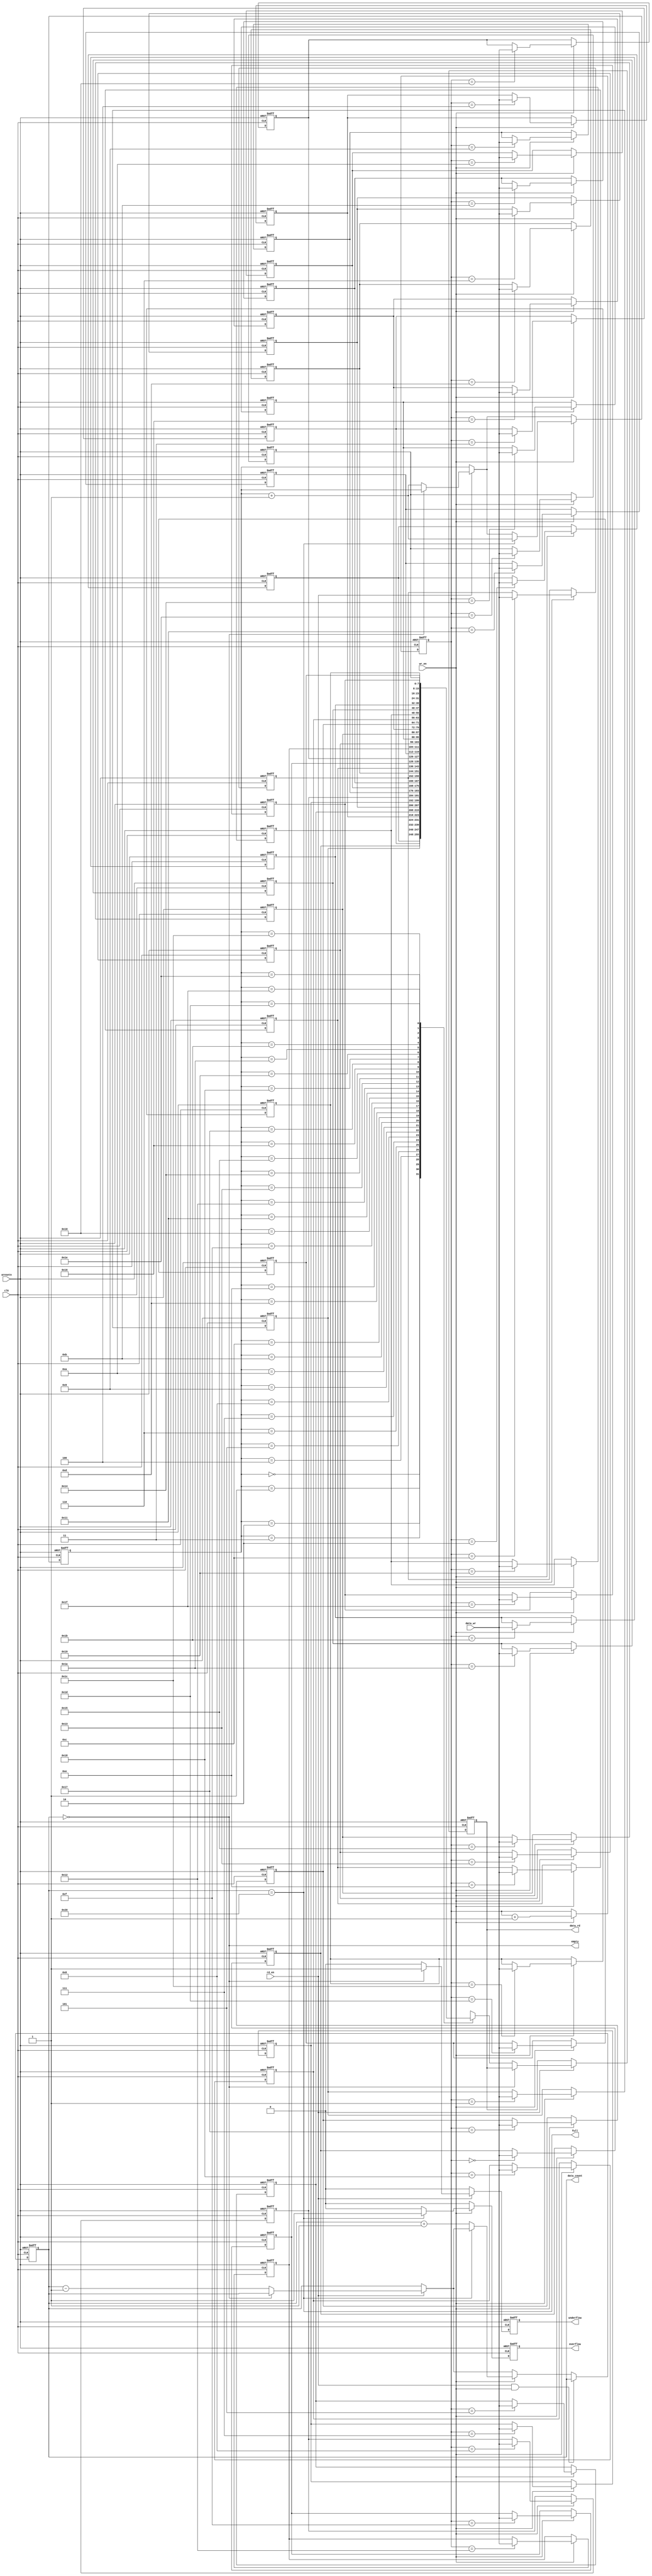
/* Synchronous FIFO module:
 * SIZE must be a power of 2, this makes the pointer loop around logic easy
 * data_rd peeks at the data that is at the tail
 * it takes 1 cycle to write data_wr into the FIFO */
module fifo_sync(
  clk,
  aresetn,

  // Write side
  data_wr,
  wr_en,

  // Read side, data
  data_rd,
  rd_en,

  // Data count and other related signals
  data_count,
  full,
  overflow,
  empty,
  underflow
);
  parameter DATA_W = 8;
  parameter SIZE = 32;

  localparam SIZE_W = $clog2(SIZE) + 1;
  localparam POINTER_W = $clog2(SIZE);

  input clk;
  input aresetn;

  input [DATA_W - 1:0] data_wr;
  input wr_en;

  output reg [DATA_W - 1:0] data_rd;
  input rd_en;

  output reg [SIZE_W - 1:0] data_count;
  output full;
  output reg overflow;
  output empty;
  output reg underflow;

  reg [DATA_W - 1:0] data [0:SIZE - 1];
  reg [POINTER_W - 1:0] head;
  reg [POINTER_W - 1:0] tail;

  // Set full and empty signals accordingly
  assign full = data_count == SIZE;
  assign empty = data_count == 0;

  integer i;
  always@(posedge clk, negedge aresetn) begin
    if(aresetn == 0) begin
      for(i = 0 ; i < SIZE; i = i + 1) begin
        data[i] <= 0;
      end

      data_rd <= 0;
      data_count <= 0;
      overflow <= 0;
      underflow <= 0;

      head <= 0;
      tail <= 0;
    end else begin
      // By default these should be deasserted
      overflow <= 0;
      underflow <= 0;

      // Read
      if(rd_en == 1) begin
        // Check for an underflow
        if(empty == 1) begin
          underflow <= 1;
        end else begin
          data_rd <= data[tail];
          data_count <= data_count - 1;
          tail <= tail + 1;
        end
      end

      // Write
      if(wr_en == 1) begin
        // Check for an overflow
        if(full == 1) begin
          overflow <= 1;
          // Overwrite the oldest element
          tail <= tail + 1;
        end else begin
          data_count <= data_count + 1;
        end

        // Always write, even if there is an overflow
        data[head] <= data_wr;
        head <= head + 1;
      end

      if(rd_en == 1 && wr_en == 1) begin
        data_count <= data_count;
      end
    end
  end
endmodule